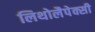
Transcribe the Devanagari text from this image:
लिथोलैपेक्सी